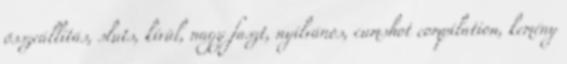
összeállítás, sluts, kívül, nagy faszt, nyilvános, cumshot compilation, kemény